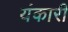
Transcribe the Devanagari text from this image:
यंकारी